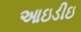
આઇડીઇ